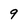
Character: 9